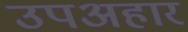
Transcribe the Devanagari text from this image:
उपअहार